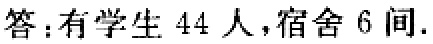
答：有学生 \(44\) 人，宿舍 \(6\) 间.